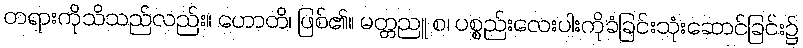
တရားကိုသိသည်လည်း။ ဟောတိ၊ ဖြစ်၏။ မတ္တညူ စ၊ ပစ္စည်းလေးပါးကိုခံခြင်းသုံးဆောင်ခြင်း၌